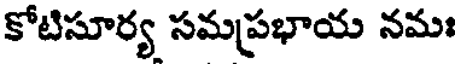
కోటిసూర్య సమప్రభాయ నమః